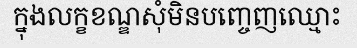
ក្នុងលក្ខខណ្ឌសុំមិនបញ្ចេញឈ្មោះ